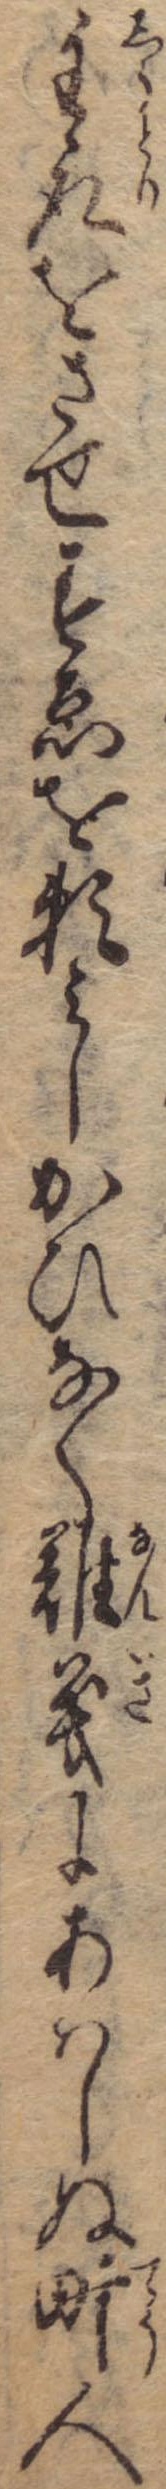
主取をさせすゑを頼みしかひなく難義にあはしぬ町人